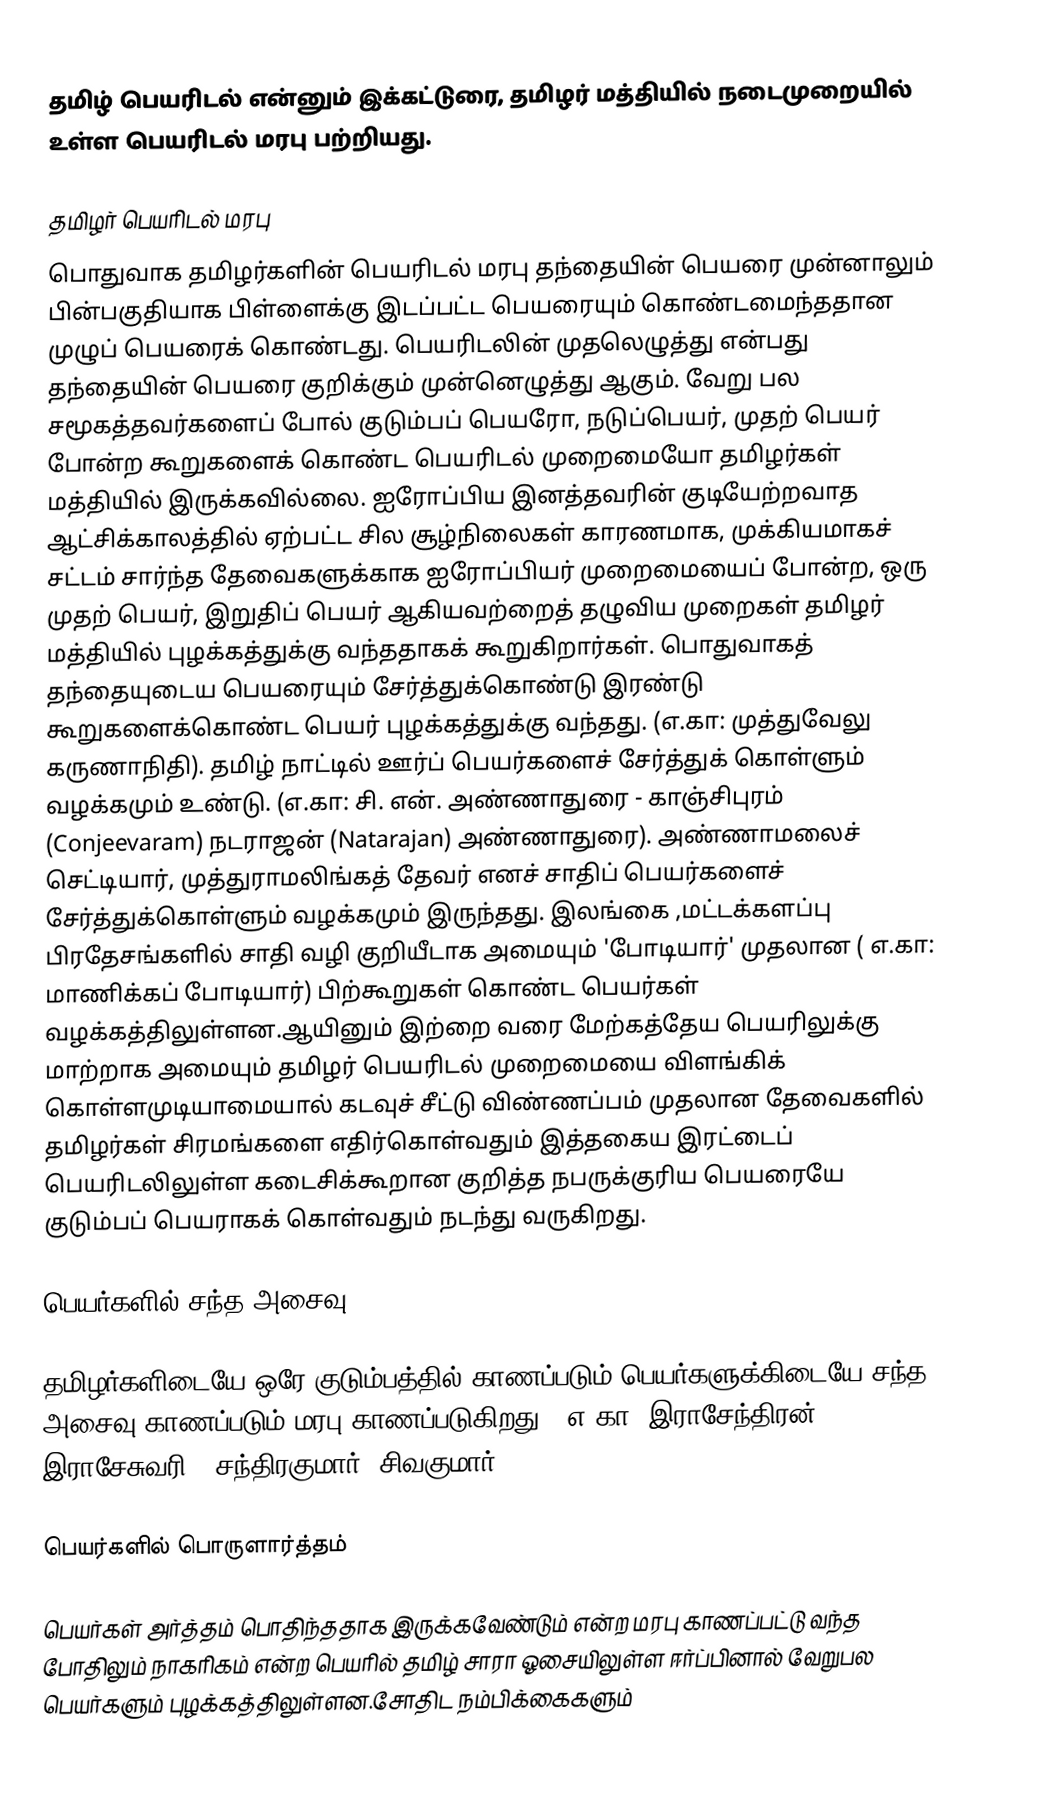
தமிழ் பெயரிடல் என்னும் இக்கட்டுரை, தமிழர் மத்தியில் நடைமுறையில் உள்ள பெயரிடல் மரபு பற்றியது.

தமிழர் பெயரிடல் மரபு
பொதுவாக தமிழர்களின் பெயரிடல் மரபு தந்தையின் பெயரை முன்னாலும் பின்பகுதியாக பிள்ளைக்கு இடப்பட்ட பெயரையும் கொண்டமைந்ததான முழுப் பெயரைக் கொண்டது. பெயரிடலின் முதலெழுத்து என்பது தந்தையின் பெயரை குறிக்கும் முன்னெழுத்து ஆகும். வேறு பல சமூகத்தவர்களைப் போல் குடும்பப் பெயரோ, நடுப்பெயர், முதற் பெயர் போன்ற கூறுகளைக் கொண்ட பெயரிடல் முறைமையோ தமிழர்கள் மத்தியில் இருக்கவில்லை. ஐரோப்பிய இனத்தவரின் குடியேற்றவாத ஆட்சிக்காலத்தில் ஏற்பட்ட சில சூழ்நிலைகள் காரணமாக, முக்கியமாகச் சட்டம் சார்ந்த தேவைகளுக்காக ஐரோப்பியர் முறைமையைப் போன்ற, ஒரு முதற் பெயர், இறுதிப் பெயர் ஆகியவற்றைத் தழுவிய முறைகள் தமிழர் மத்தியில் புழக்கத்துக்கு வந்ததாகக் கூறுகிறார்கள். பொதுவாகத் தந்தையுடைய பெயரையும் சேர்த்துக்கொண்டு இரண்டு கூறுகளைக்கொண்ட பெயர் புழக்கத்துக்கு வந்தது. (எ.கா: முத்துவேலு கருணாநிதி). தமிழ் நாட்டில் ஊர்ப் பெயர்களைச் சேர்த்துக் கொள்ளும் வழக்கமும் உண்டு. (எ.கா: சி. என். அண்ணாதுரை - காஞ்சிபுரம் (Conjeevaram) நடராஜன் (Natarajan) அண்ணாதுரை). அண்ணாமலைச் செட்டியார், முத்துராமலிங்கத் தேவர் எனச் சாதிப் பெயர்களைச் சேர்த்துக்கொள்ளும் வழக்கமும் இருந்தது. இலங்கை ,மட்டக்களப்பு பிரதேசங்களில் சாதி வழி குறியீடாக அமையும் 'போடியார்' முதலான ( எ.கா: மாணிக்கப் போடியார்) பிற்கூறுகள் கொண்ட பெயர்கள் வழக்கத்திலுள்ளன.ஆயினும் இற்றை வரை மேற்கத்தேய பெயரிலுக்கு மாற்றாக அமையும் தமிழர் பெயரிடல் முறைமையை விளங்கிக் கொள்ளமுடியாமையால் கடவுச் சீட்டு விண்ணப்பம் முதலான தேவைகளில் தமிழர்கள் சிரமங்களை எதிர்கொள்வதும் இத்தகைய இரட்டைப் பெயரிடலிலுள்ள கடைசிக்கூறான குறித்த நபருக்குரிய பெயரையே குடும்பப் பெயராகக் கொள்வதும் நடந்து வருகிறது.

பெயர்களில் சந்த அசைவு

தமிழர்களிடையே ஒரே குடும்பத்தில் காணப்படும் பெயர்களுக்கிடையே சந்த அசைவு காணப்படும் மரபு காணப்படுகிறது. (எ.கா: இராசேந்திரன், இராசேசுவரி.. சந்திரகுமார், சிவகுமார்....)

பெயர்களில் பொருளார்த்தம்

பெயர்கள் அர்த்தம் பொதிந்ததாக இருக்கவேண்டும் என்ற மரபு காணப்பட்டு வந்த போதிலும் நாகரிகம் என்ற பெயரில் தமிழ் சாரா ஓசையிலுள்ள ஈர்ப்பினால் வேறுபல பெயர்களும் புழக்கத்திலுள்ளன.சோதிட நம்பிக்கைகளும்